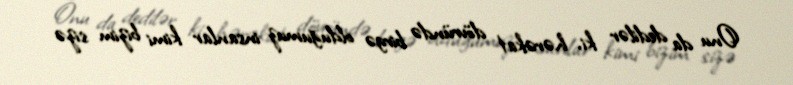
Onu da dedilər ki, hərəkat dövründə birgə olduğumuz insanlar kimi bizim sizə